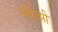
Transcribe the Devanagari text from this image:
मॅकेंझी